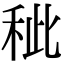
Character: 𥞅